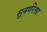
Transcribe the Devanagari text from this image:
सुबर्णरेखा